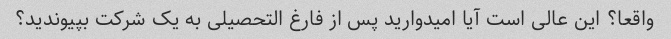
واقعا؟ این عالی است آیا امیدوارید پس از فارغ التحصیلی به یک شرکت بپیوندید؟